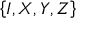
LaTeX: \left\{ I , X , Y , Z \right\}